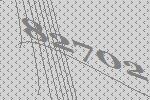
82702